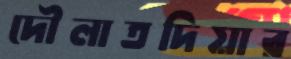
দৌলাতদিয়ার